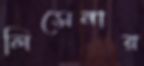
লিসেনার